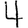
Digit: 4